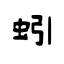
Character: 蚓